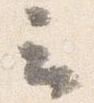
云